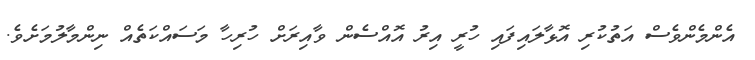
އެންމެންވެސް އަތުކުރި އޮޅާލައިފައި ހުރީ އިރު އޮއްސެން ވާއިރަށް ހުރިހާ މަސައްކަތެއް ނިންމާލުމަށެވެ.